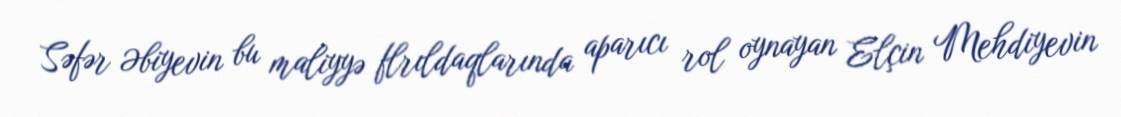
Səfər Əbiyevin bu maliyyə flrıldaqlarında aparıcı rol oynayan Elçin Mehdiyevin